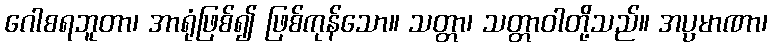
ဂေါစရဘူတာ၊ အာရုံဖြစ်၍ ဖြစ်ကုန်သော။ သတ္တာ၊ သတ္တာဝါတို့သည်။ အပ္ပမာဏာ၊